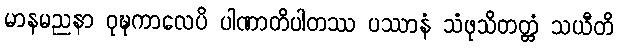
မာနမညနာ ဝုဍ္ဎကာလေပိ ပါဏာတိပါတဿ ပဿာနံ သံဖုသိတတ္တံ သယီတိ